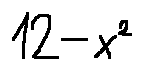
1 2 - x ^ { 2 }